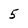
Character: 5